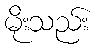
မိုးသည်း